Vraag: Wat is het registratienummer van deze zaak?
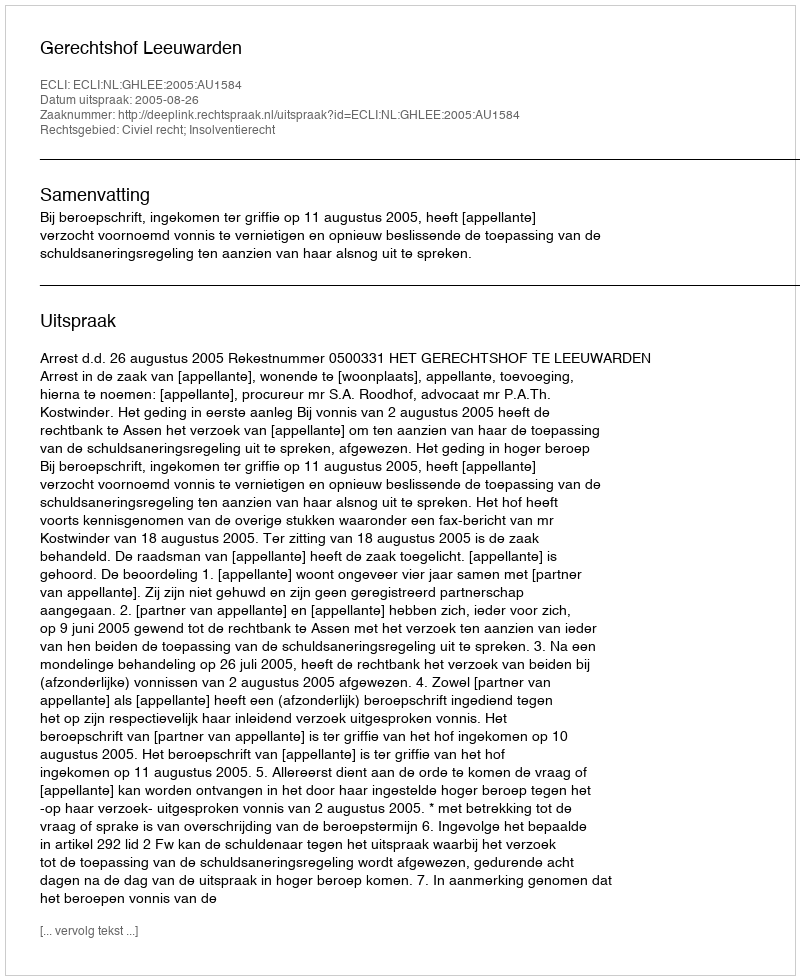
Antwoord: http://deeplink.rechtspraak.nl/uitspraak?id=ECLI:NL:GHLEE:2005:AU1584